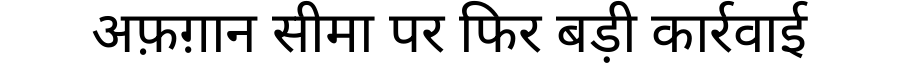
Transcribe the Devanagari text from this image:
अफ़ग़ान सीमा पर फिर बड़ी कार्रवाई